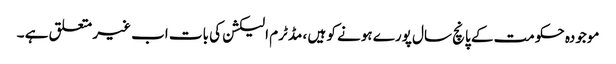
موجودہ حکومت کے پانچ سال پورے ہونے کو ہیں ، مڈٹرم الیکشن کی بات اب غیر متعلق ہے ۔